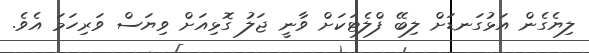
ލިޔެގެން އަޅުގަނޑަށް ލިބޭ ފްލެޓަކަށް ވާނީ ޖަލު ގޮޅިއަށް ވިޔަސް ވަރިހަމަ އެވެ.